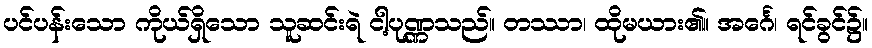
ပင်ပန်းသော ကိုယ်ရှိသော သူဆင်းရဲ ငါ့ပုဏ္ဏသည်။ တဿာ၊ ထိုမယား၏။ အင်္ဂေ၊ ရင်ခွင်၌။